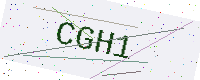
Text: CGH1